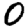
Digit: 0